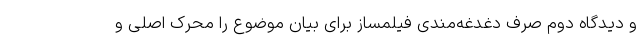
و دیدگاه دوم صرف دغدغه‌مندی فیلمساز برای بیان موضوع را محرک اصلی و